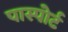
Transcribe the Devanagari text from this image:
पास्पोर्ट